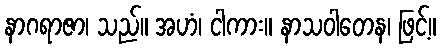
နာဂရာဇာ၊ သည်။ အဟံ၊ ငါကား။ နာသဝါတေန၊ ဖြင့်။